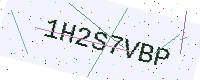
Text: 1H2S7VBP